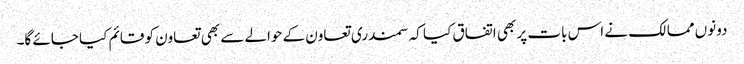
دونوں ممالک نے اس بات پر بھی اتفاق کیا کہ سمندری تعاون کے حوالے سے بھی تعاون کو قائم کیا جائے گا۔